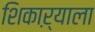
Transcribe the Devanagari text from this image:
शिकाऱ्याला